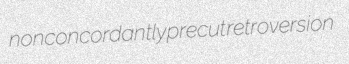
nonconcordantly precut retroversion